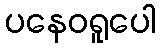
ပနေဝရူပေါ